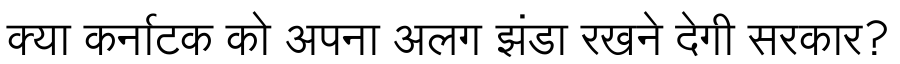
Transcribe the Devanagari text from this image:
क्या कर्नाटक को अपना अलग झंडा रखने देगी सरकार?